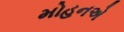
મોહનએ